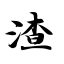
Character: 渣